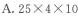
A.25 \times 4 \times 10